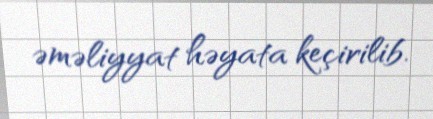
əməliyyat həyata keçirilib.